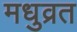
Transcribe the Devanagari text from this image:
मधुव्रत